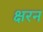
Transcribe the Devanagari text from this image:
क्षरन